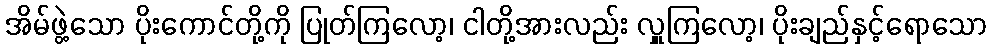
အိမ်ဖွဲ့သော ပိုးကောင်တို့ကို ပြုတ်ကြလော့၊ ငါတို့အားလည်း လှူကြလော့၊ ပိုးချည်နှင့်ရောသော